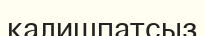
калишпатсыз